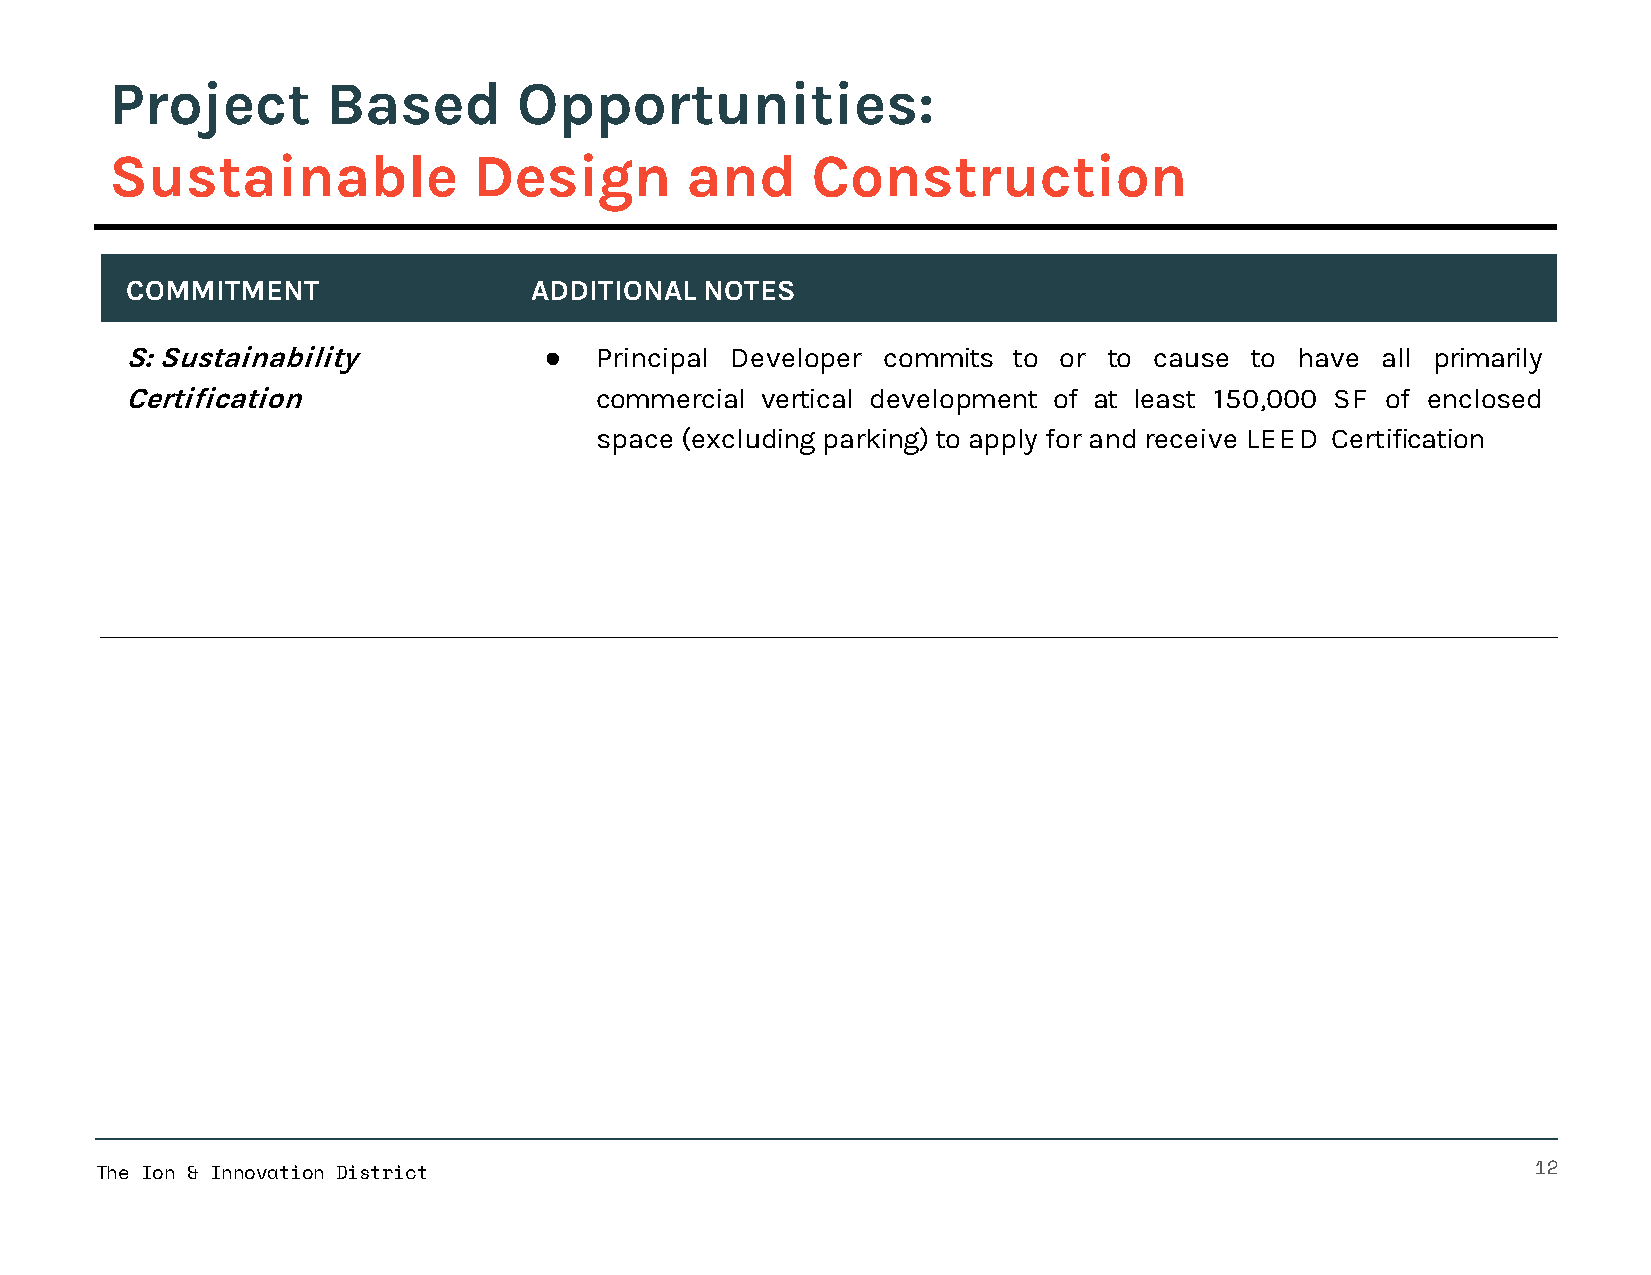
Project        Based       Opportunities:
 Sustainable             Design        and      Construction
 COMMITMENT                 ADDITIONAL  NOTES
 S: Sustainability           ●  Principal Developer commits to or to cause  to have all primarily
 Certification                  commercial vertical development of at least 150,000 SF of enclosed
 space (excluding parking)to apply for and receive LEED Certification
 The Ion & Innovation District                                                                   12